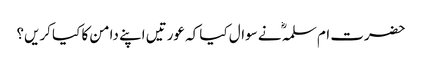
حضرت ام سلمہؓ نے سوال کیا کہ عورتیں اپنے دامن کا کیا کریں؟